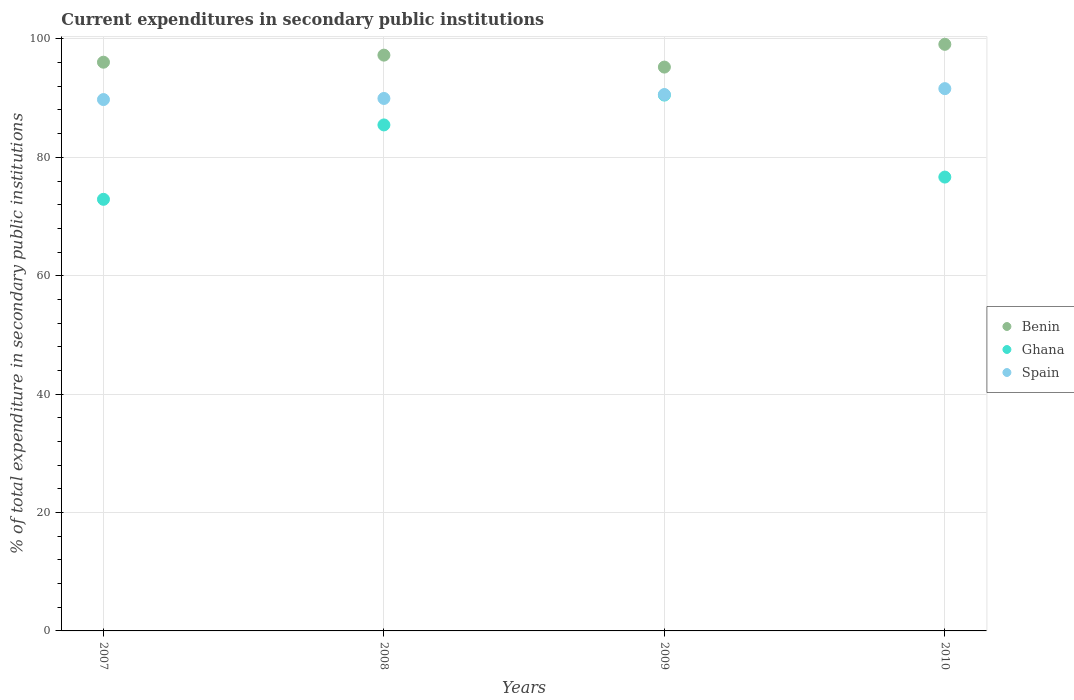
| Years | Benin | Ghana | Spain |
 | --- | --- | --- | --- |
 | 2007 | 96.1 | 72.9 | 89.8 |
 | 2008 | 97.3 | 85.5 | 89.9 |
 | 2009 | 95.2 | 90.5 | 90.6 |
 | 2010 | 99.1 | 76.7 | 91.6 |